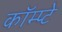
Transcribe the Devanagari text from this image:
कॉम्प्टे